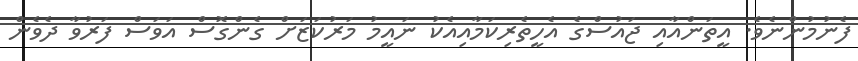
ފެނުމުންނެވެ. އީތަންއާއި ޖައުސްގެ އެހީތެރިކަމާއިއެކު ނައީމު މަރުކަޒަށް ގެންގޮސް އަވަސް ފަރުވާ ދެވެން